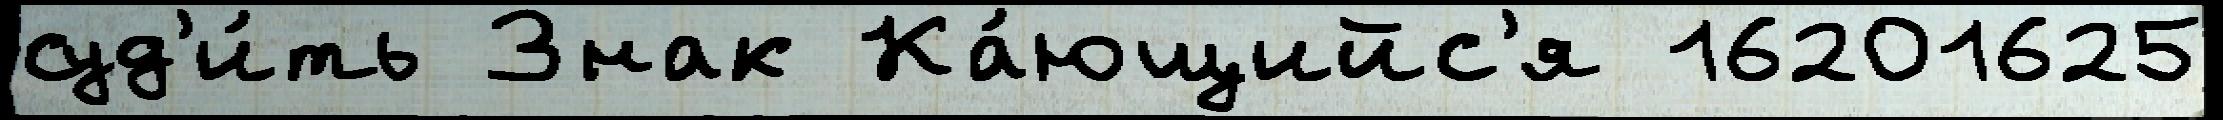
суд'и́ть Знак Ка́ющийс'я 16201625